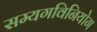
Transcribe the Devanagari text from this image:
सम्यगविनियोग